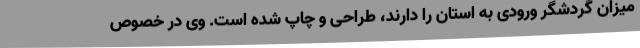
میزان گردشگر ورودی به استان را دارند، طراحی و چاپ شده است. وی در خصوص